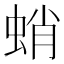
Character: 蛸